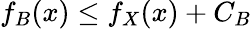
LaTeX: f_{B}(x)\leq f_{X}(x)+C_{B}